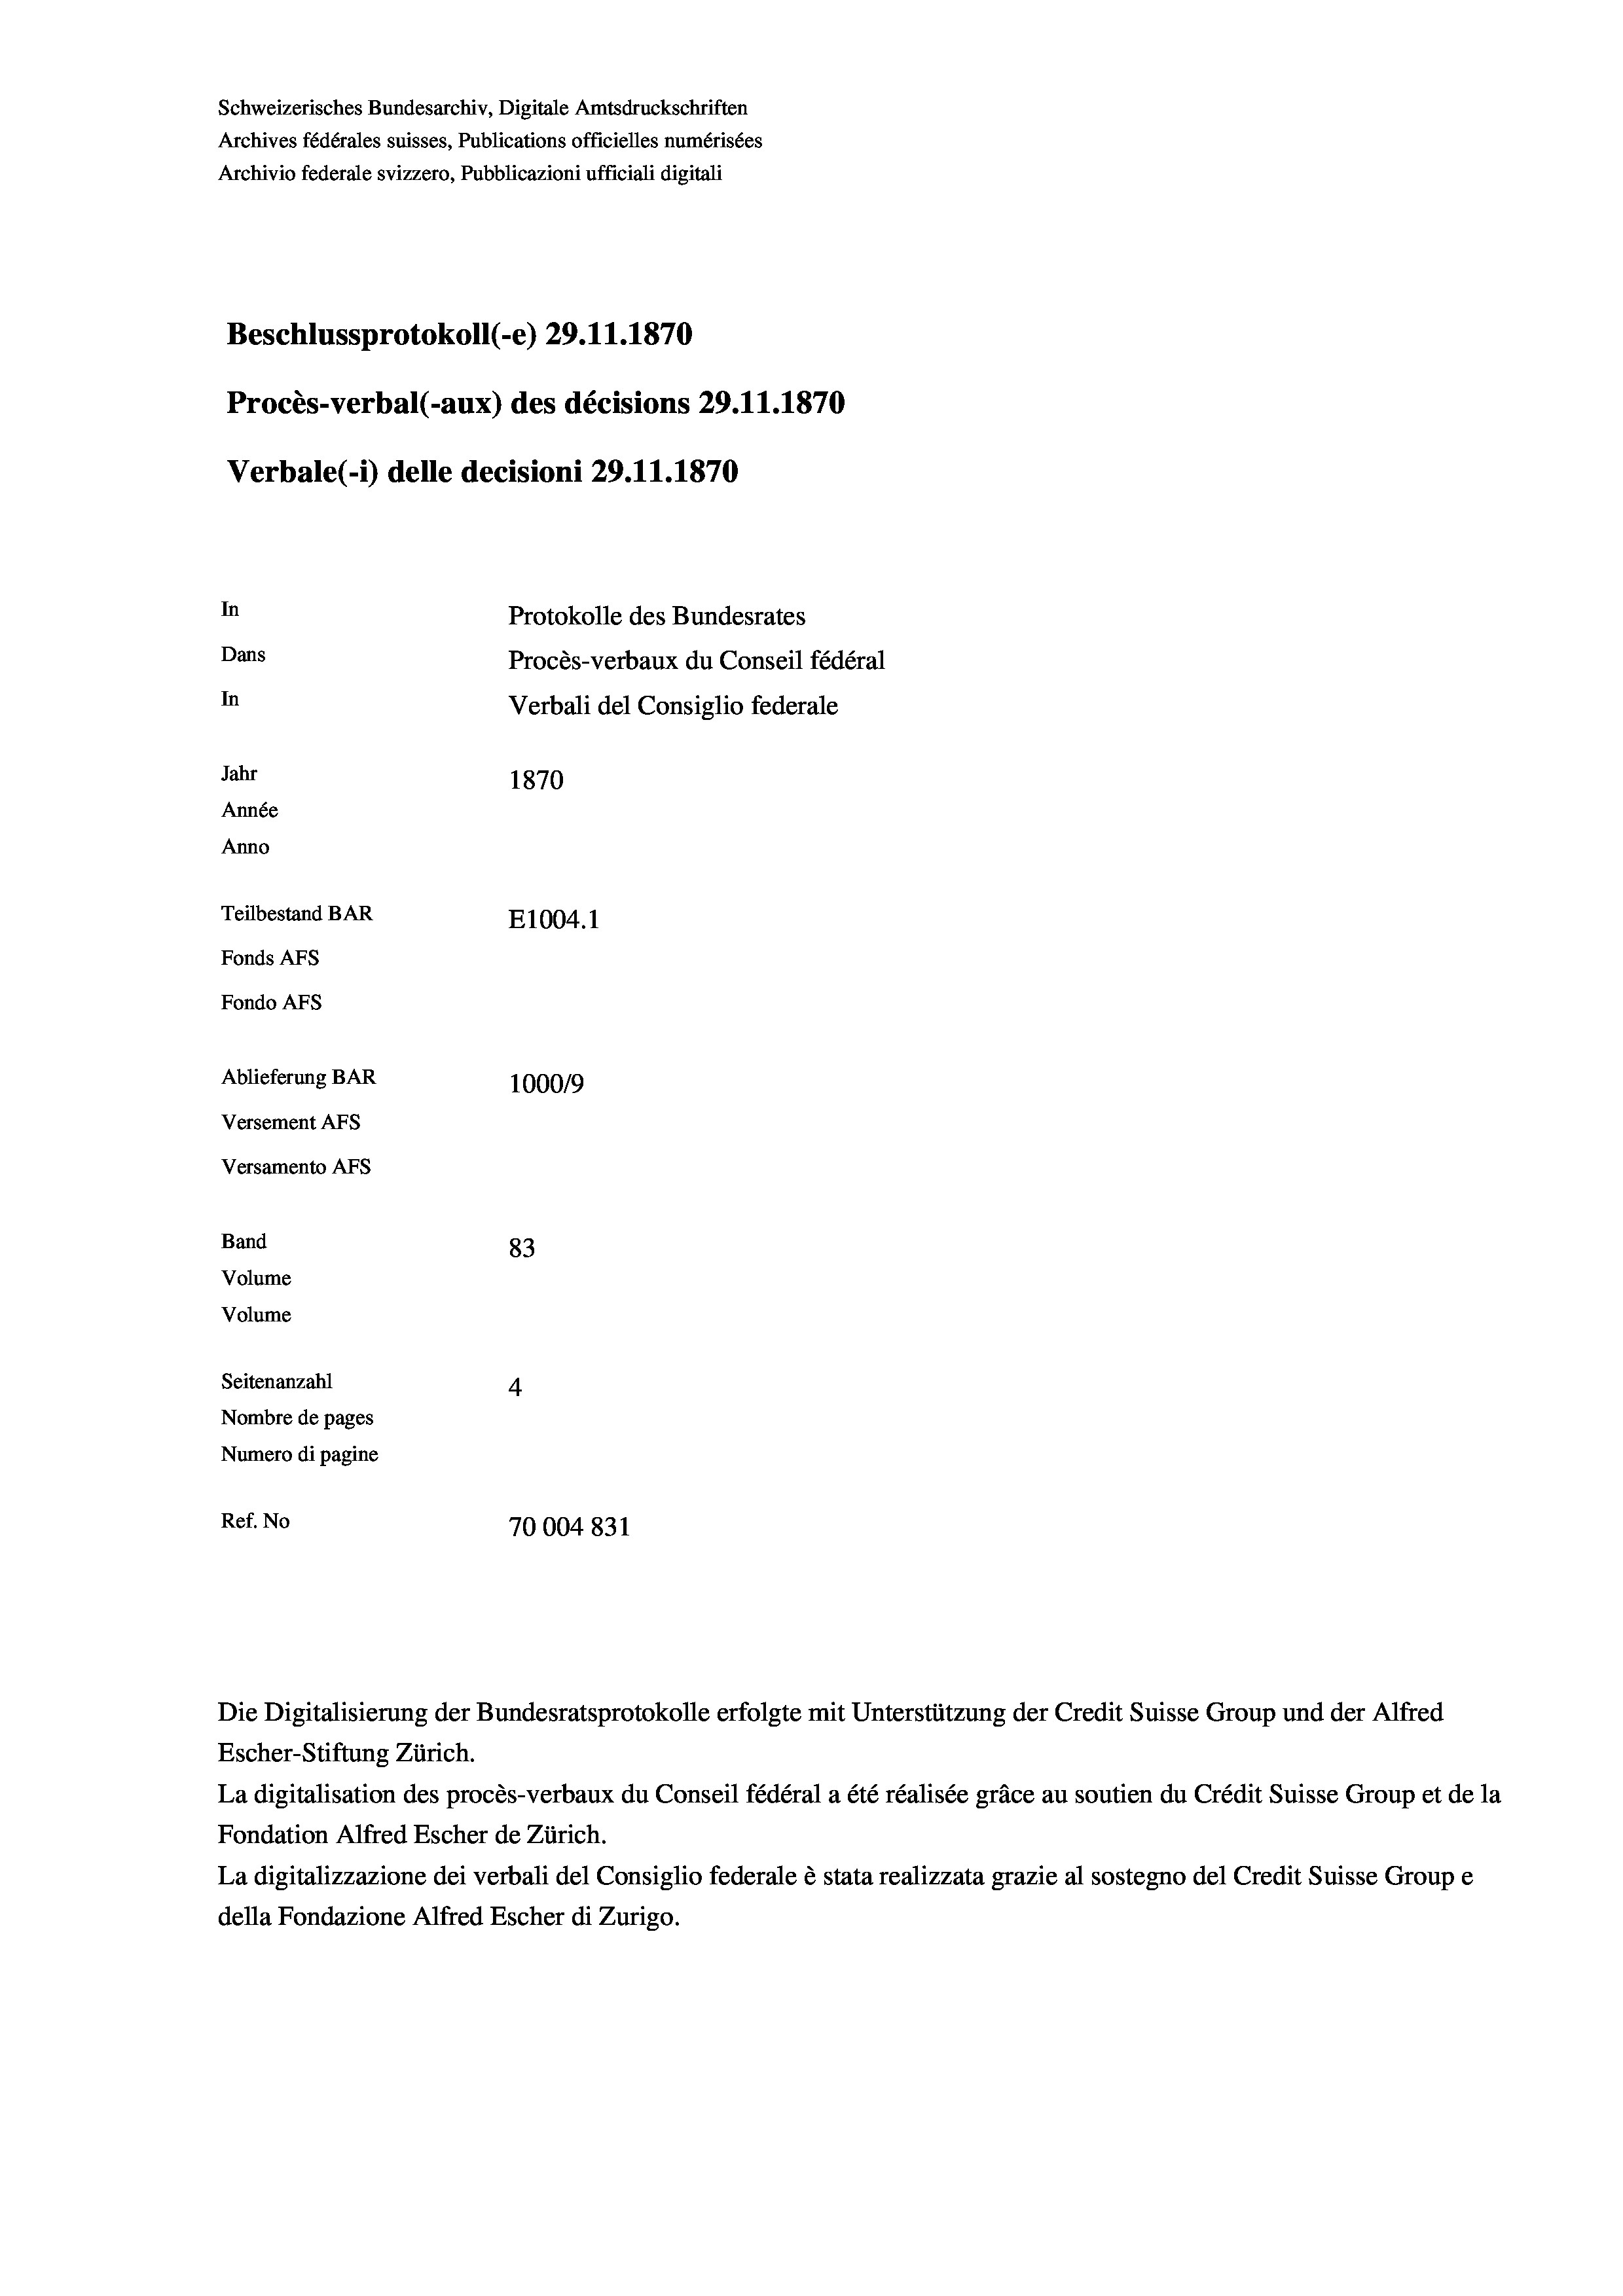
Schweizerisches Bundesarchiv, Digitale Amtsdruckschriften
Archives fédérales suisses, Publications officielles numérisées
Archivio federale svizzero, Pubblicazioni ufficiali digitali
Beschlussprotokoll (-e) 29.11.1870
Procès-verbal (-aux) des décisions 29.11.1870
Verbale(1) delle decisioni 29.11.1870
In
Protokolle des Bundesrates
Dans
Procès-verbaux du Conseil fédéral
In
Verbali del Consiglio federale
Jahr
1870
Année
Anno
Teilbestand BAR
E1004.1
Fonds AFs
Fondo AFs
Ablieferung BAR
100019
Versement AFS
Versamento Afs
Band
83
Volume
Volume
Seitenanzahl
4
Nombre de pages
Numero di pagine
Ref. No
70004831

Escher-Stiftung Zürich.
La digitalisation des procès-verbaux du Conseil fédéral a été réalisée gräce au soutien du Crédit Suisse Group et de la
Fondation Alfred Escher de Zürich.
La digitalizzazione dei verbali del Consiglio federale è stata realizzata grazie al sostegno del Credit Suisse Groupe
della Fondazione Alfred Escher di Zurigo.

Die Digitalisierung der Bundesratsprotokolle erfolgte mit Unterstützung der Credit Suisse Group und der Alfred